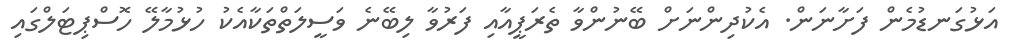
އަޅުގަނޑުމެން ފަށާނަން. އެކުދިންނަށް ބޭނުންވާ ތެރަޕީއާއި ފަރުވާ ލިބޭނެ ވަސީލަތްތަކާއެކު ހުޅުމާލޭ ހޮސްޕިޓަލްގައި